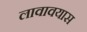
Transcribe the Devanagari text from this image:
लावावयास